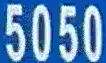
5050